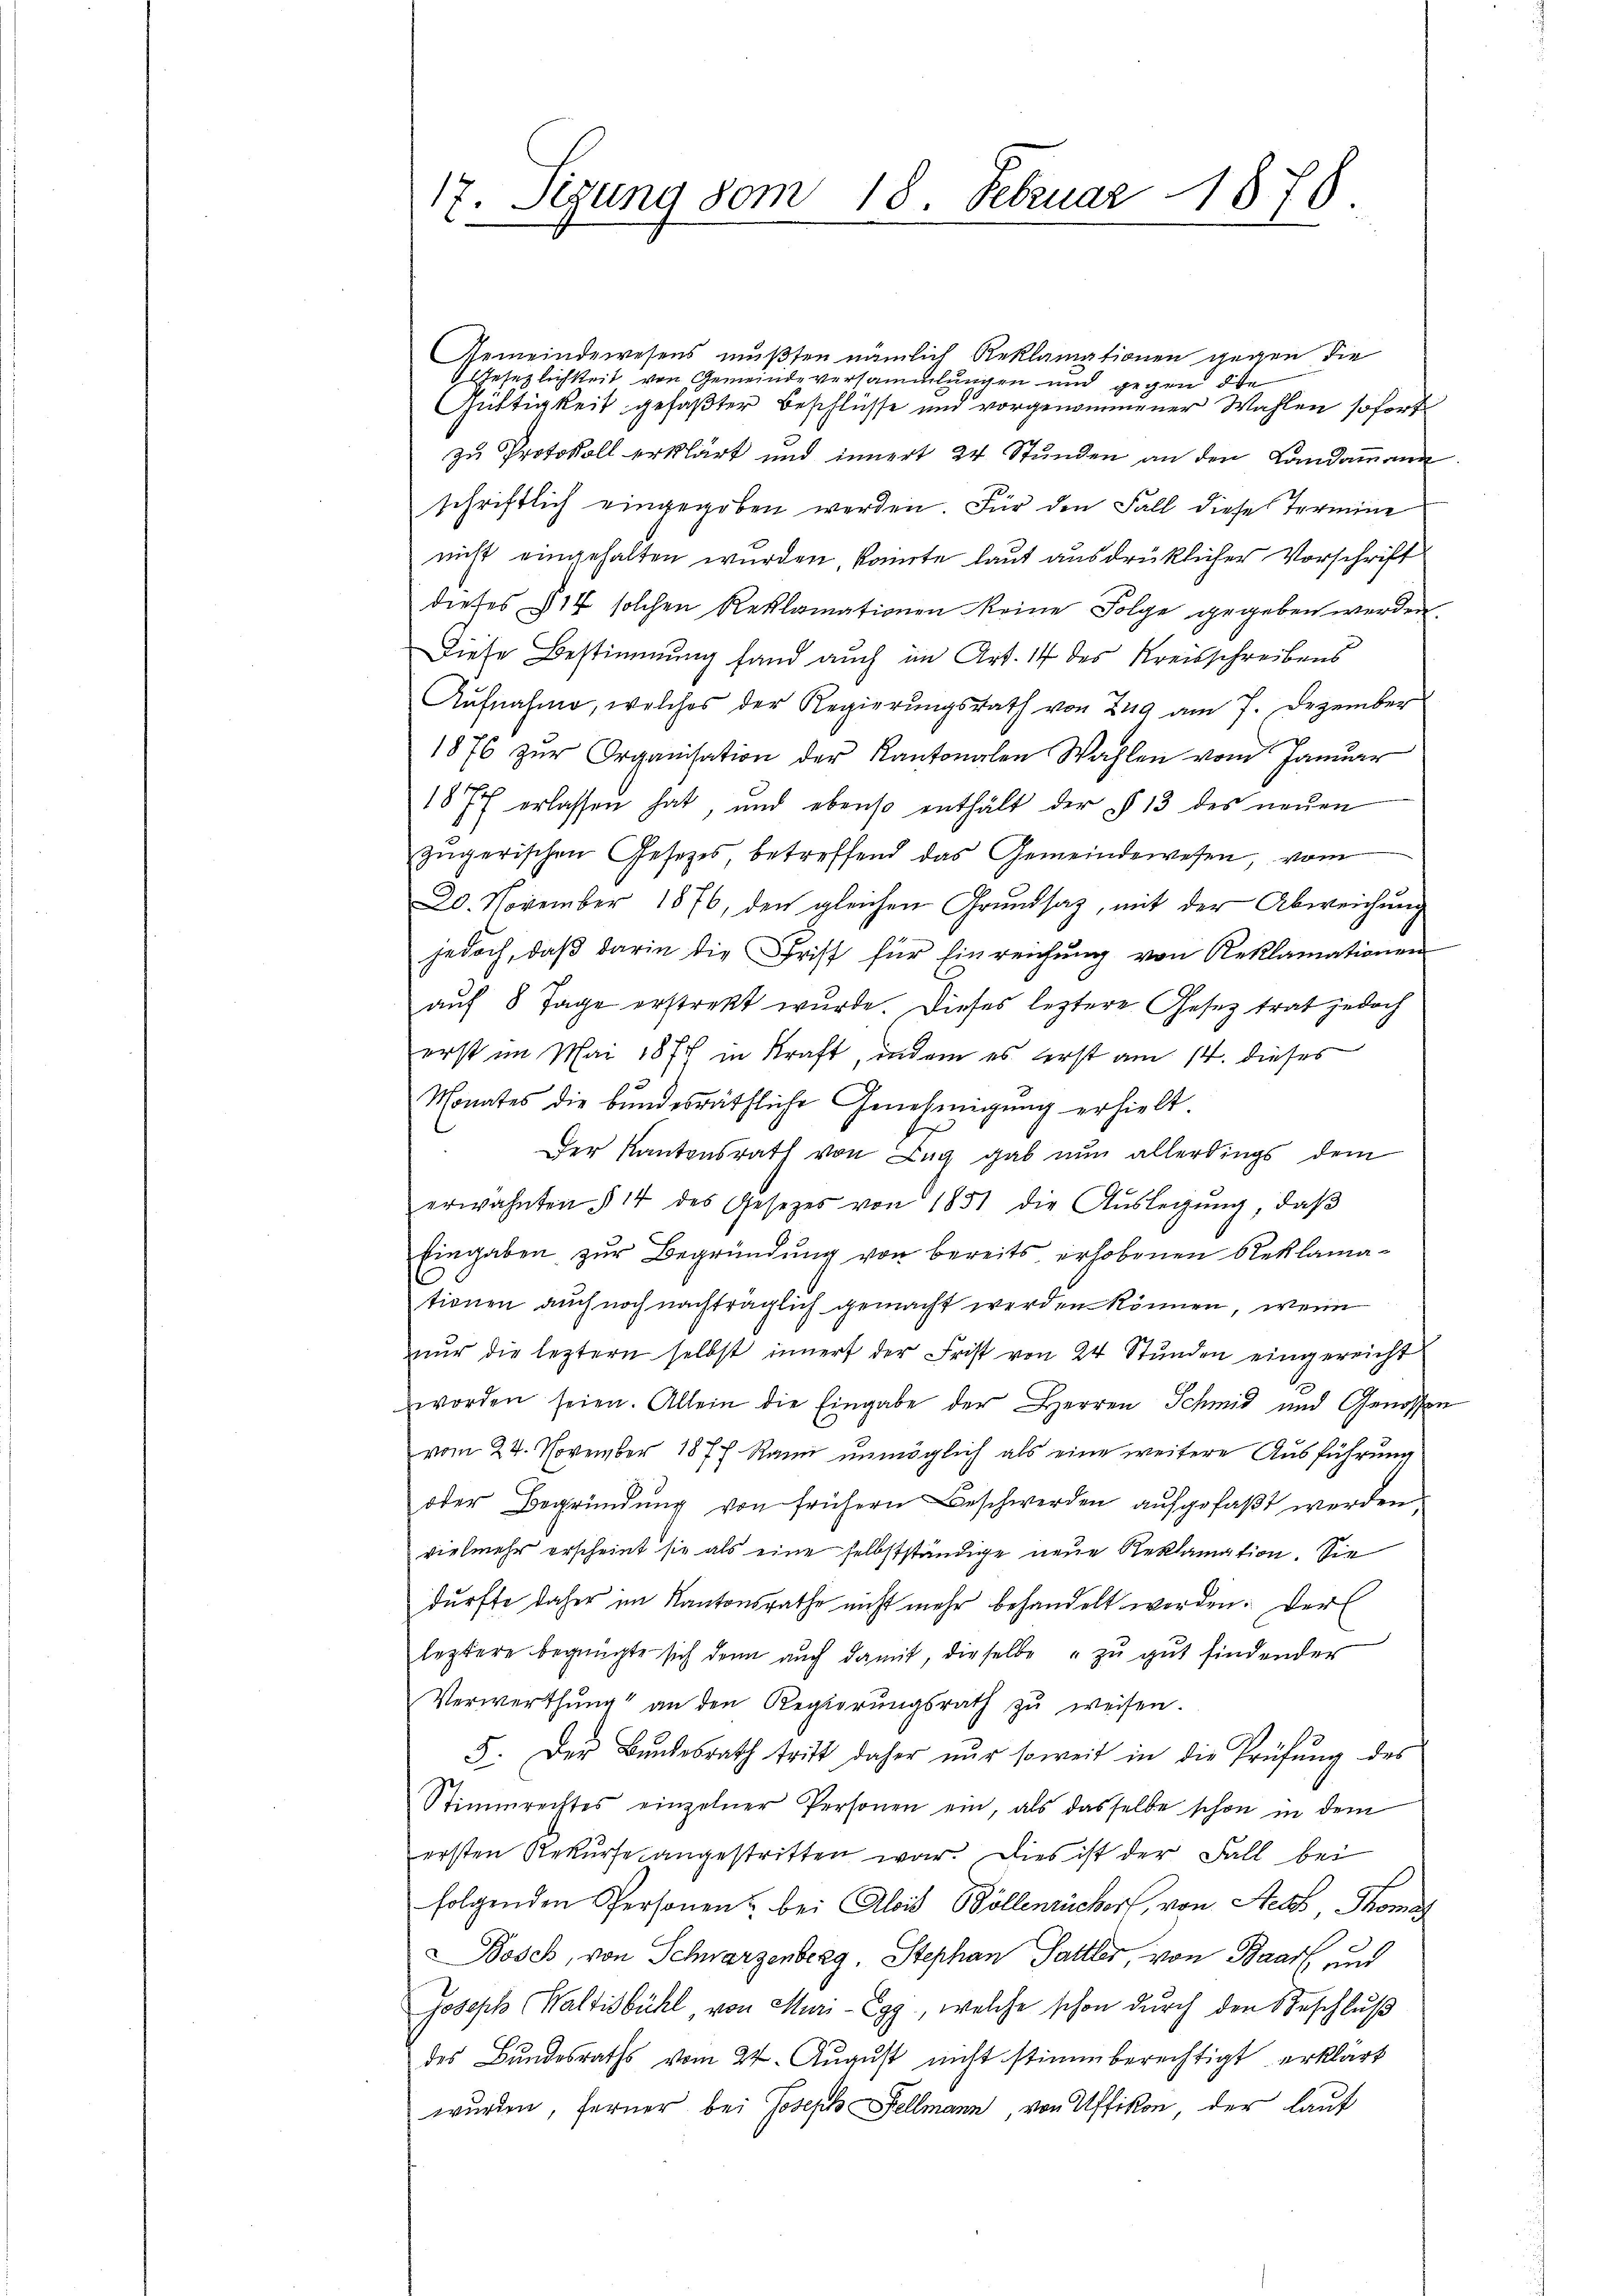
17. Sizung vom 18. Februar 1878.

Gemeindewesens mußten nämlich Reklamationen gegen die
Gesezlichkeit von Gemeinde versammlungen und gegen die
Güttigkeit gefaßter Beschlüsse und vorgenommener Wahlen sofort
zŭ Protokoll erklärt und innert 24 Stŭnden an den Landaṁann
schriftlich eingegeben werden. Für den Fall diese Termine
nicht eingehalten wurden, kannte laut ausdrücklicher Vorschrift
dieses §17 solchen Reklamationen keine Folge gegeben werden.
Diese Bestimmung fand auch im Art. 14 des Kreisschreibens
Aŭfnahme, welches der Regierŭngsrath von 229 am 7. Dezember
1876 zŭr Organisation der Kantonalen Wahlen vom Januar
187 erlassen hat, und ebenso enthält der § 13 des neŭen
zügerischen Gesetzes, betreffend das Gemeindewesen, vom
20. November 1876, den gleichen Grundsaz, mit der Abweichung
jedoch, daß darin die Frist für Einreichung von Reklamationen
auf 8 Tage erstrekt wurde. Dieses leztere Gesetz trat jedoch
erst im Mai 1877 in Kraft, indem es erst am 14. dieses
Monates die bundesräthliche Genehmigŭng erhielt.
Der Kantonsrath von Tag gab nun allerdings dem
erwähnten § 14 des Gesetzes von 1851 die Aŭslegŭng, daβ
Eingaben zur Begründung von bereits erhobenen Reklamationen auch noch nachträglich gemacht werden können, wenn
nur die leztern selbst innert der Frist von 24 Stunden eingereicht
worden seien. Allein die Eingabe der Herren Schmid und Genossen
vom 24. November 1877 Rann unmöglich als eine weitere Ausführung
oder Begründung von frühern Beschwerden aufgefaßt werden
vielmehr erscheint sie als eine selbstständige neue Reklamation. Sie
durfte daher im Kantonsrathe nicht mehr behandelt werden. Der
leztere begnügte sich dann auch damit, dieselbe zu gut findender
Verwerthŭng an den Regierŭngsrath zŭ weisen.
5. Der Bundesrath tritt daher nŭr soweit in die Prüfŭng des
Stimmrechtes einzelner Personen ein, als dasselbe schon in dem
ersten Rekurse angestritten war. Dies ist der Fall bei
folgenden Personen bei Alois Böllenrücker, von Stets Thomas
osch, von Schwarzenberg, Stephan Sattler von Baars und
Joseph Waltisbühl von Muri-Egg, welche schon durch den Beschluß
des Bundesraths vom 24. August nicht stimmberechtigt erklärt
wurden, ferner bei Joseph Fellmann, von Uffikon, der lauf